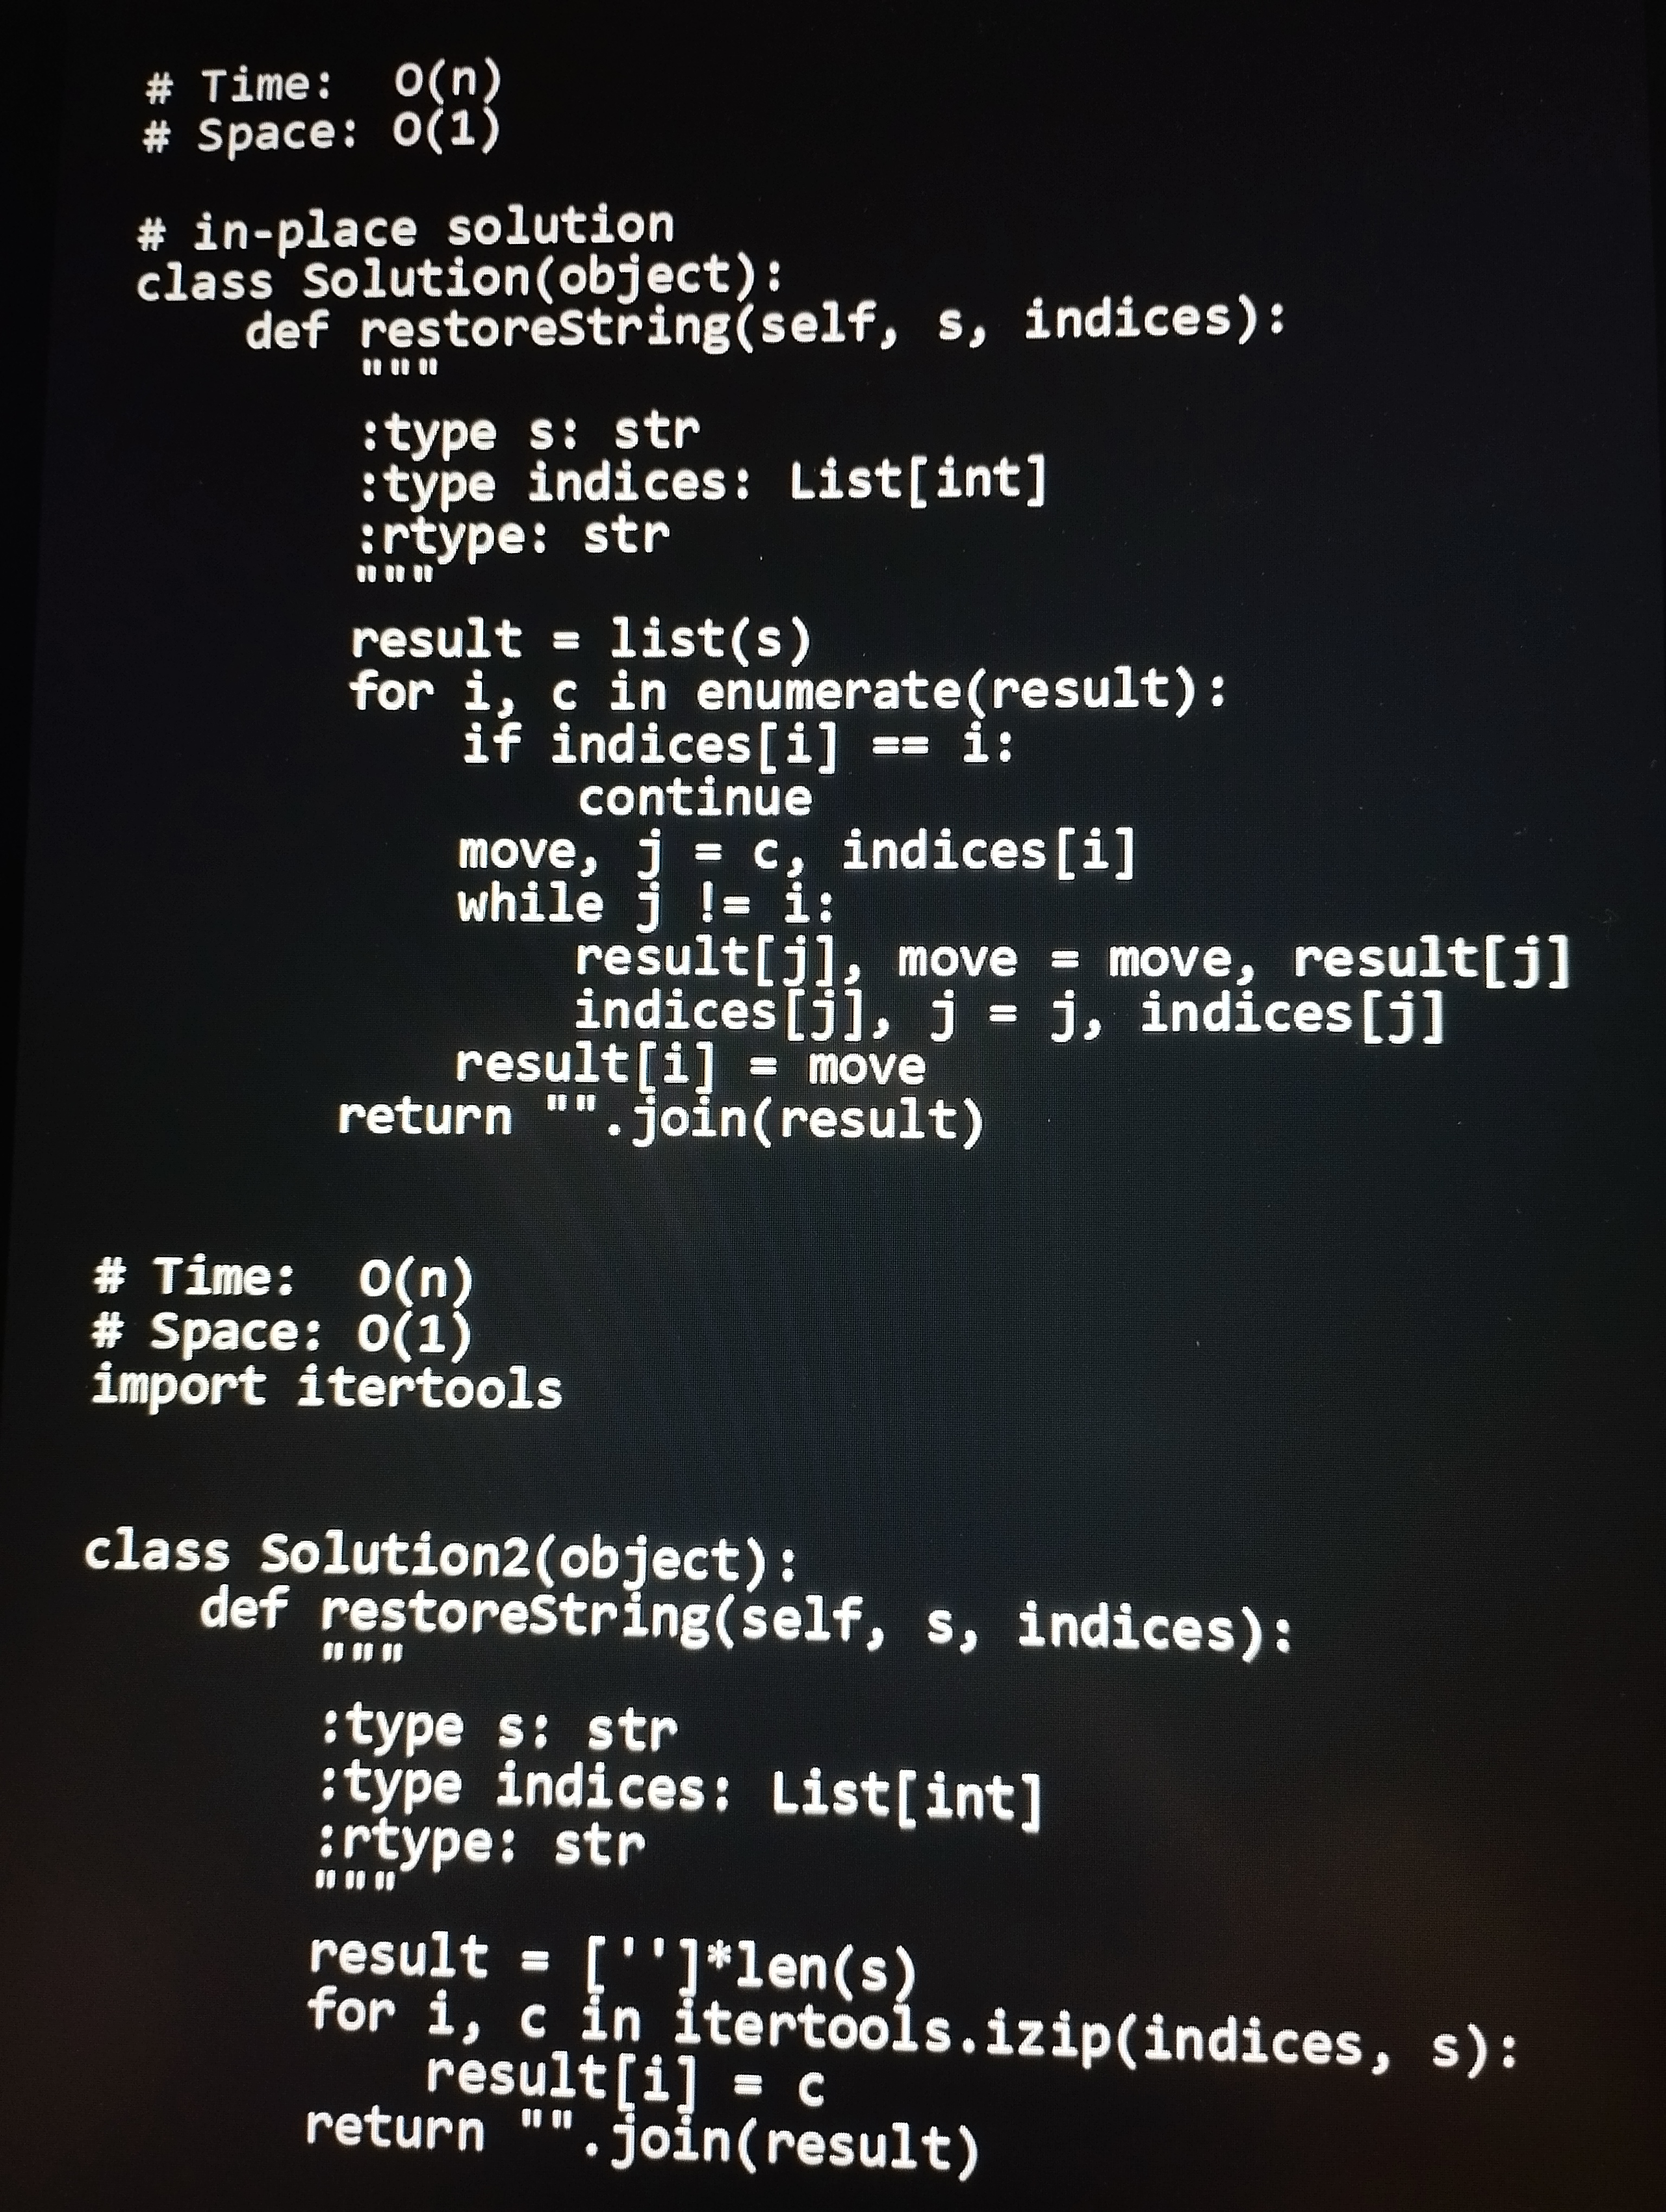
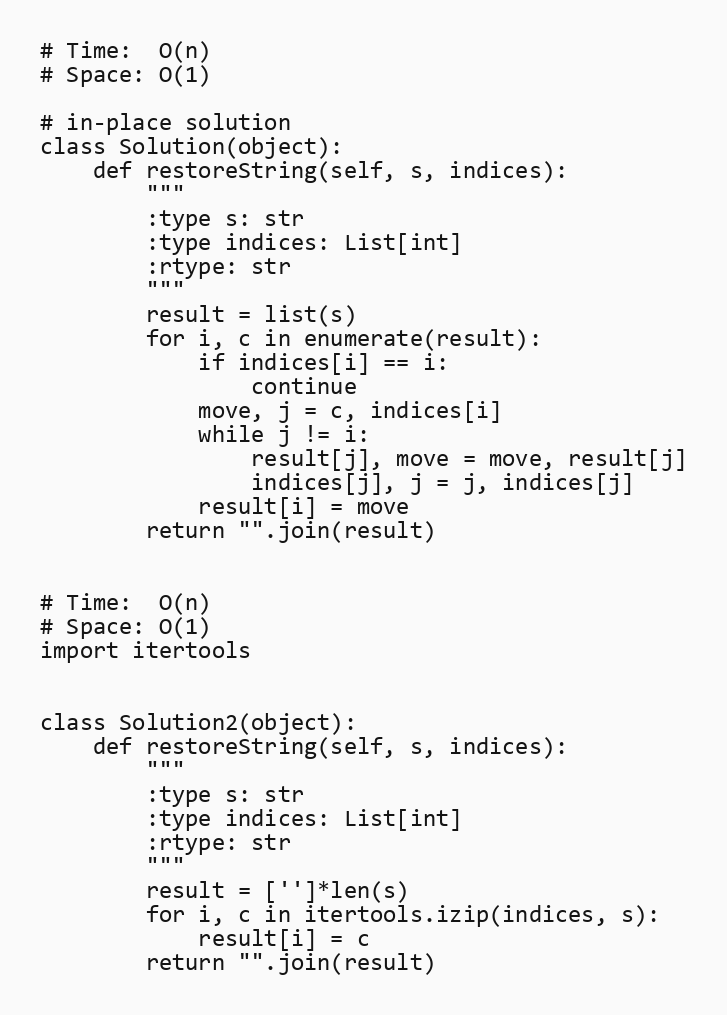
# Time:  O(n)
# Space: O(1)

# in-place solution
class Solution(object):
    def restoreString(self, s, indices):
        """
        :type s: str
        :type indices: List[int]
        :rtype: str
        """
        result = list(s)
        for i, c in enumerate(result):
            if indices[i] == i:
                continue
            move, j = c, indices[i]
            while j != i:
                result[j], move = move, result[j]
                indices[j], j = j, indices[j]
            result[i] = move
        return "".join(result)

# Time:  O(n)
# Space: O(1)
import itertools

class Solution2(object):
    def restoreString(self, s, indices):
        """
        :type s: str
        :type indices: List[int]
        :rtype: str
        """
        result = ['']*len(s)
        for i, c in itertools.izip(indices, s):
            result[i] = c
        return "".join(result)